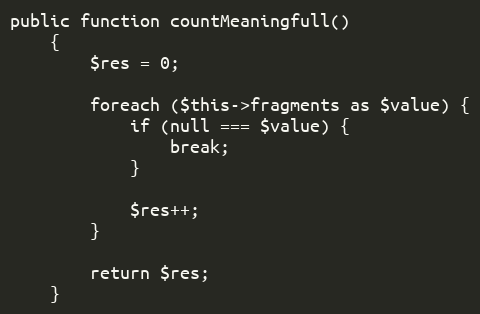
Language: PHP
public function countMeaningfull()
    {
        $res = 0;

        foreach ($this->fragments as $value) {
            if (null === $value) {
                break;
            }

            $res++;
        }

        return $res;
    }